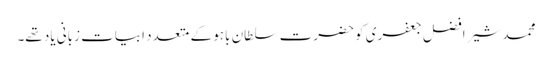
محمد شیر افضل جعفری کو حضرت سلطان باہو کے متعدد ابیات زبانی یاد تھے۔